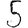
Digit: 5